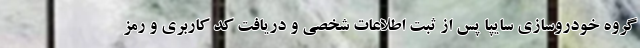
گروه خودروسازی سایپا پس از ثبت اطلاعات شخصی و دریافت كد كاربری و رمز